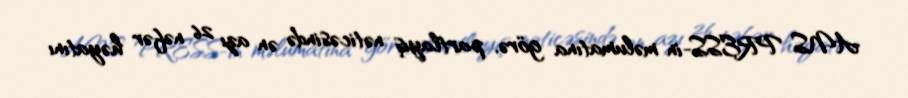
ANS PRESS-in məlumatına görə, partlayış nəticəsində ən azı 26 nəfər həyatını